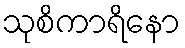
သုစိကာရိနော